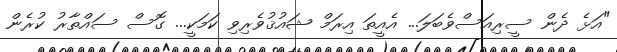
"އަޅެ ދެން ސީރިއަސްވެބަލަ... އެއީތަ އިރަމް ޝައުޤުވެރިވި ކަމަކީ... ގޮސް ސައްތާރު ކުރެން